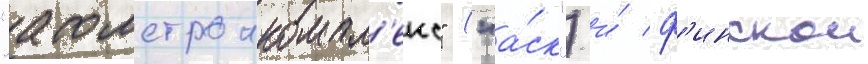
"атомстроикомпл'екс" ("а́ск") и́ ф'инскои